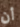
أن